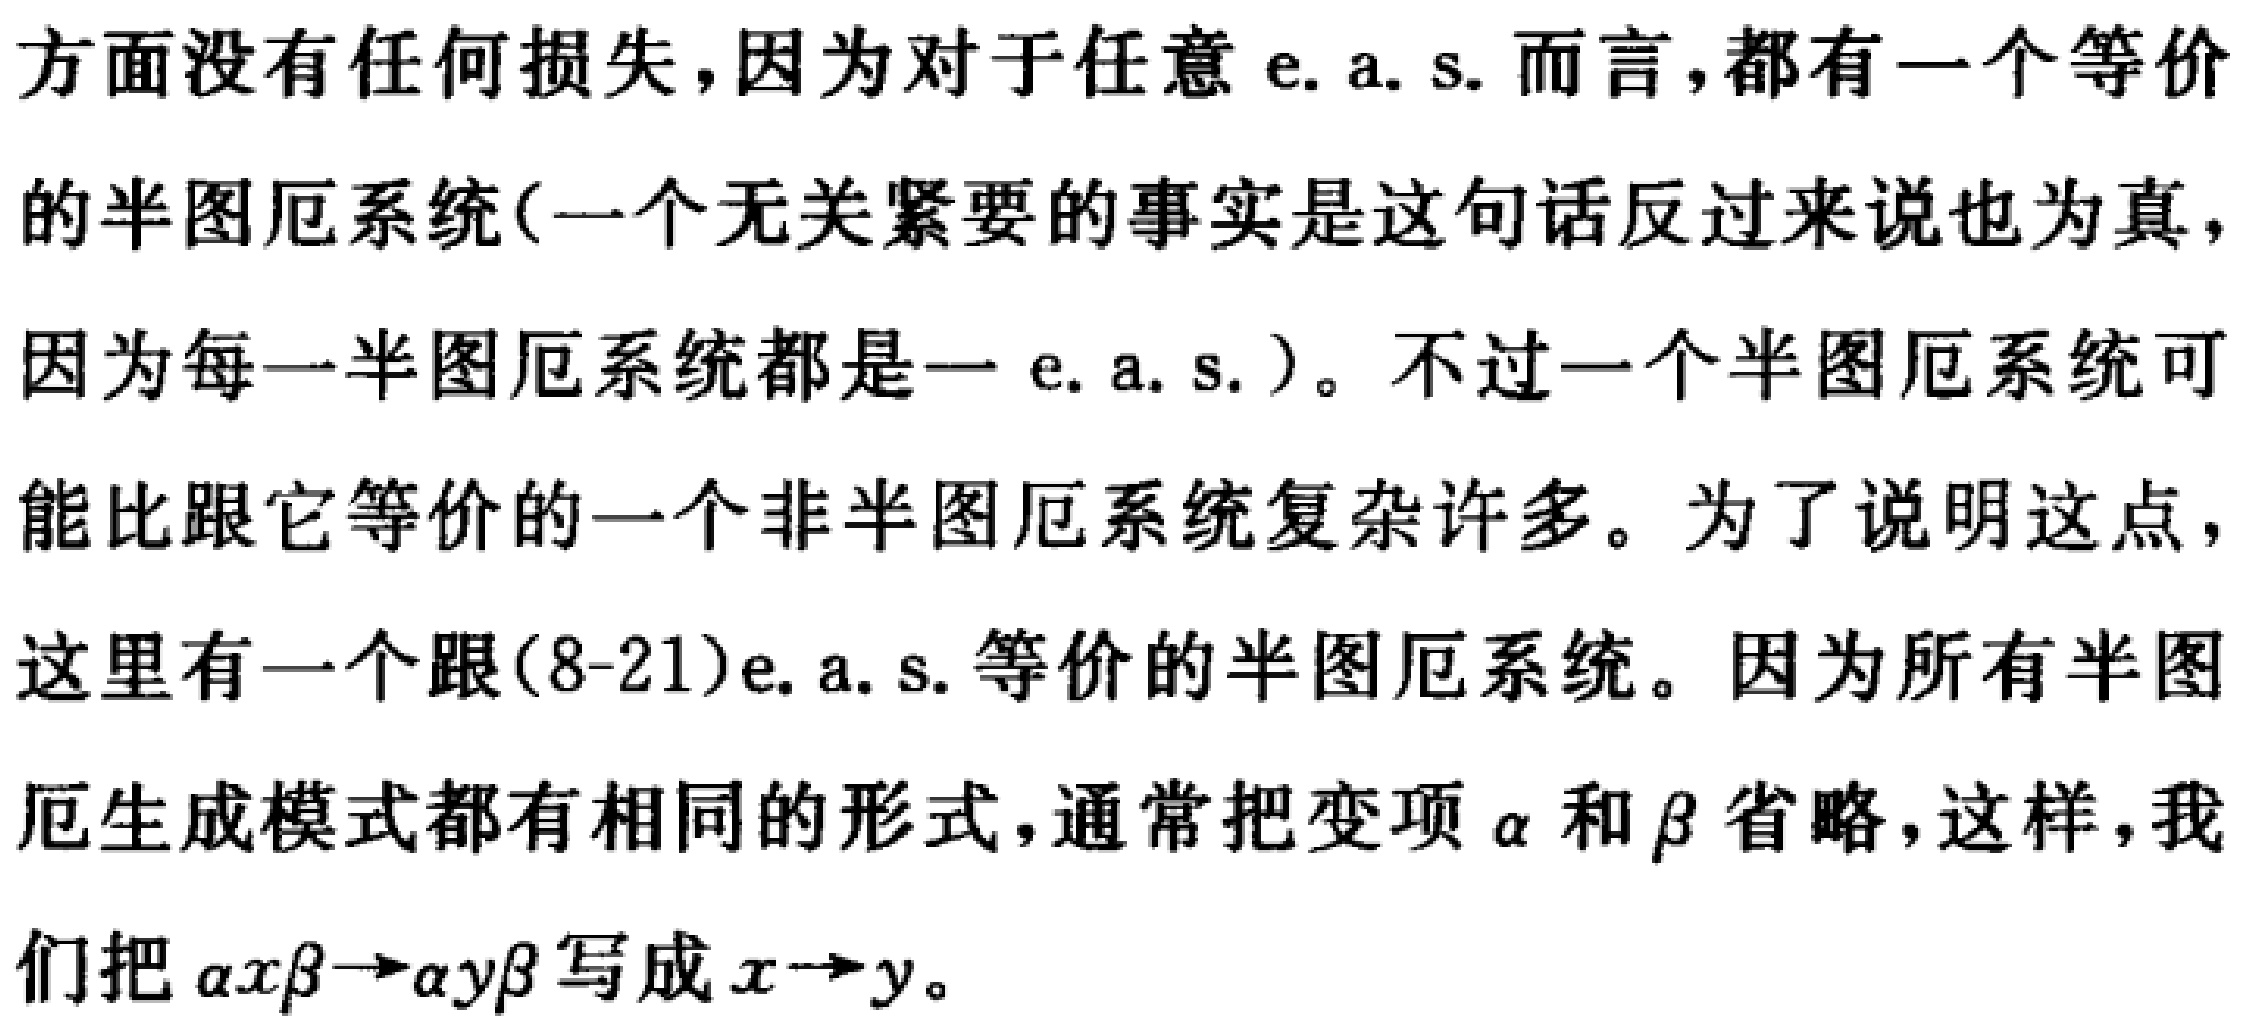
方面没有任何损失，因为对于任意 e. a. s. 而言，都有一个等价

的半图厄系统(一个无关紧要的事实是这句话反过来说也为真，

因为每一半图厄系统都是一 e. a. s. )。不过一个半图厄系统可

能比跟它等价的一个非半图厄系统复杂许多。为了说明这点，

这里有一个跟(8-21)e. a. s. 等价的半图厄系统。因为所有半图

厄生成模式都有相同的形式，通常把变项$\alpha$和$\beta$省略，这样，我

们把$\alpha x\beta\rightarrow\alpha y\beta$写成$x\rightarrow y$。